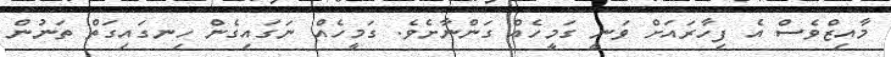
މާއިޒްވެސް އެ ފިހާރައަށް ވަނީ ގަމީހެއް ގަންނާށެވެ. ގަމީހެއް ނަގައިގެން ހިނގައިގަތް ތަނުން